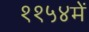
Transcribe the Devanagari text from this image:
११५४में